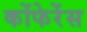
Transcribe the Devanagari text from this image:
कोंफेरेंस